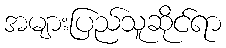
အများပြည်သူဆိုင်ရာ